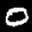
Label: 0